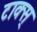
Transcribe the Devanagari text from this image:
टाक्स्